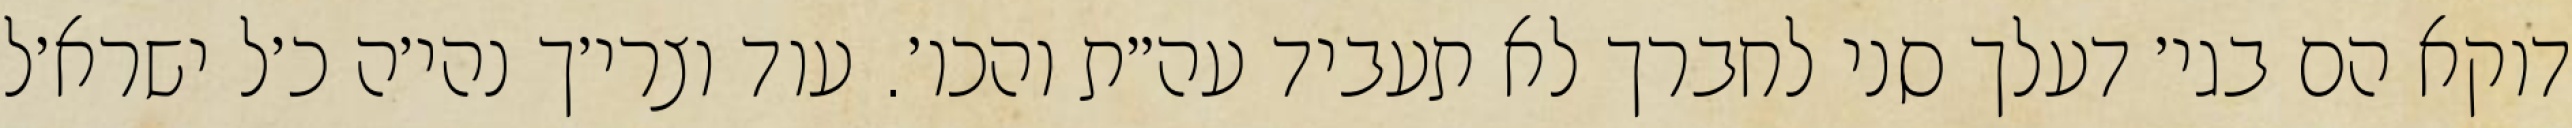
דוקא הם בגי׳ דעלך סני לחברך לא תעביד עה״ת והכו׳. עוד וצרי׳ך נהי׳ה כ׳ל ישרא׳ל